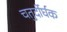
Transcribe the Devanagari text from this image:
चतुर्दीर्घक